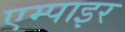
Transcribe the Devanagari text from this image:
एम्पाइर